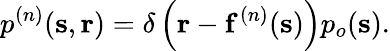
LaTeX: p^{(n)}(\mathbf{s},\mathbf{r})=\delta\left({\mathbf{r}}-\mathbf{f}^{(n)}({\mathbf{s}})\right)p_{o}(\mathbf{s}).